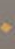
.